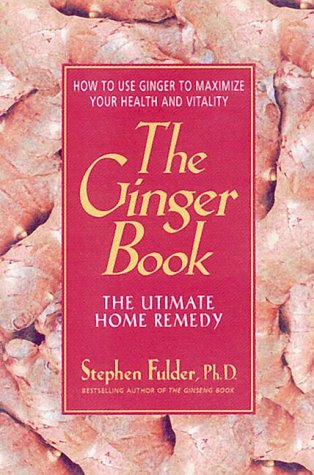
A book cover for The Ginger Book: The Ultimate Home Remedy; Stephen Fulder; Medical Books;